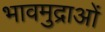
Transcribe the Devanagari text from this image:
भावमुद्राओं